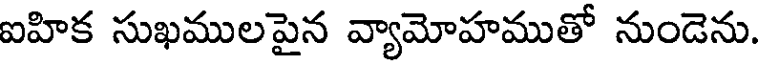
ఐహిక సుఖములపైన వ్యామోహముతో నుండెను.